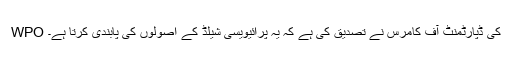
WPO کی ڈپارٹمنٹ آف کامرس نے تصدیق کی ہے کہ یہ پرائیویسی شیلڈ کے اصولوں کی پابندی کرتا ہے۔